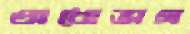
অধোভাগ